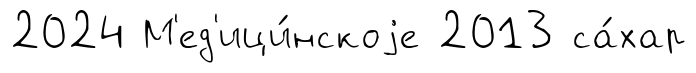
2024 М'ед'ици́нскоjе 2013 са́хар